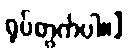
ရုပ်တွက်ပါ။]